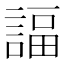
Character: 諨